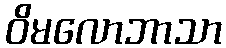
ဝိမလောဘာသာ